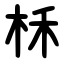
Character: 柇